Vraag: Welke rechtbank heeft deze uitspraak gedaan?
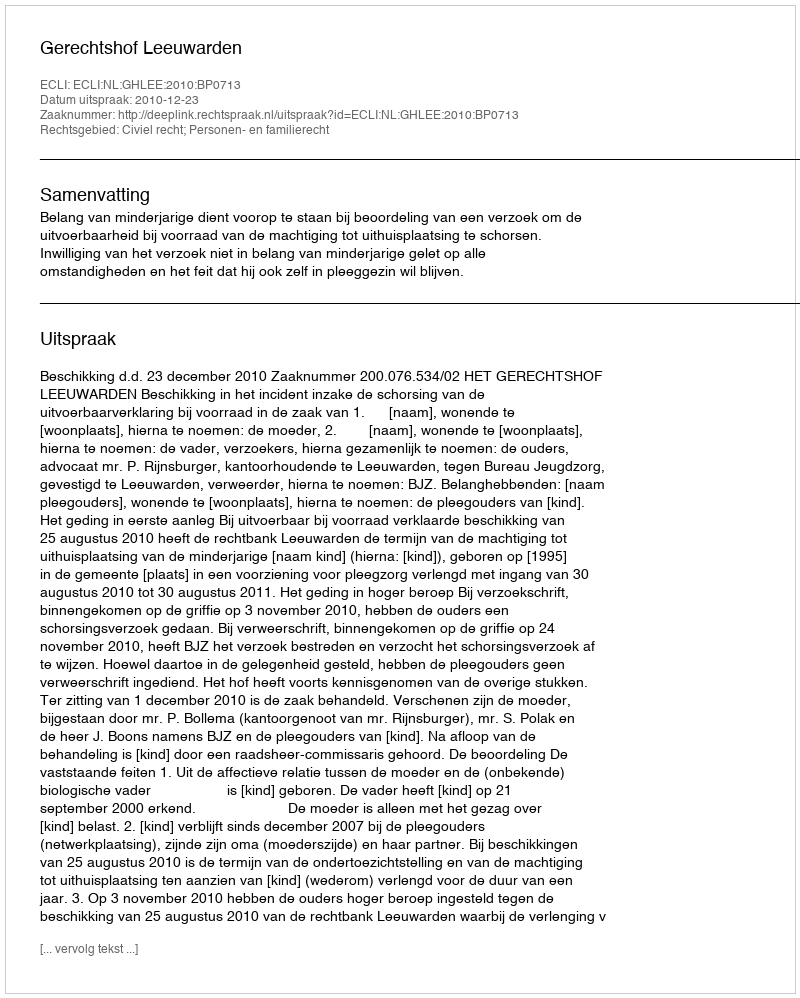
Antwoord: Gerechtshof Leeuwarden